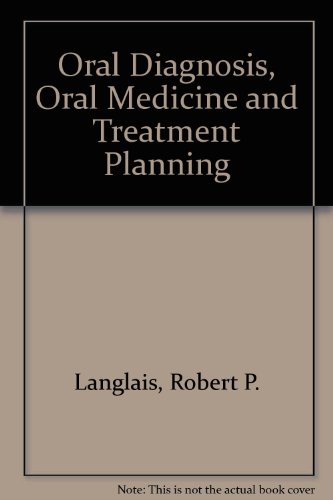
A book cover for Oral Diagnosis, Oral Medicine, and Treatment Planning; Robert P. Langlais; Medical Books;